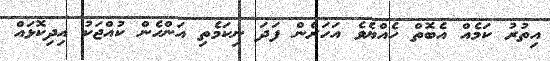
އިތުރު ކަމެއް އެބޮތް ހެއްޔެވެ އަހަރެން ފަދަ ނިކަމެތި އަންހެން ކުއްޖަކު އިދިކޮޅައް